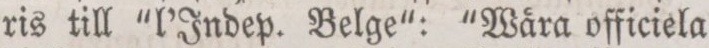
ris till “l’Indep. Belge“: “Wåra officiela